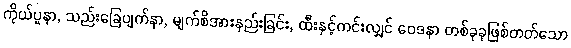
ကိုယ်ပူနာ, သည်းခြေပျက်နာ, မျက်စိအားနည်းခြင်း, ထီးနှင့်ကင်းလျှင် ဝေဒနာ တစ်ခုခုဖြစ်တတ်သော